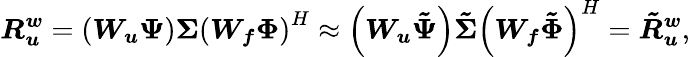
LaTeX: \boldsymbol{R_{u}^{w}}=\left(\boldsymbol{W_{u}}\boldsymbol{\Psi}\right)\boldsymbol{\Sigma}\left(\boldsymbol{W_{f}}\boldsymbol{\Phi}\right)^{H}\approx\left(\boldsymbol{W_{u}}\boldsymbol{\tilde{\Psi}}\right)\boldsymbol{\tilde{\Sigma}}\left(\boldsymbol{W_{f}}\boldsymbol{\tilde{\Phi}}\right)^{H}=\boldsymbol{\tilde{R}_{u}^{w}},